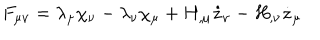
F _ { \mu \nu } = \lambda _ { \mu } \chi _ { \nu } - \lambda _ { \nu } \chi _ { \mu } + H _ { , \mu } \dot { z } _ { \nu } - H _ { , \nu } \dot { z } _ { \mu }